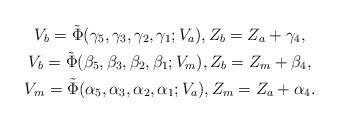
LaTeX: \begin{gather*}V_b=\tilde{\Phi}(\gamma_5,\gamma_3,\gamma_2,\gamma_1;V_a),Z_b=Z_a+\gamma_4,\\V_b=\tilde{\Phi}(\beta_5,\beta_3,\beta_2,\beta_1;V_m),Z_b=Z_m+\beta_4,\\V_m=\tilde{\Phi}(\alpha_5,\alpha_3,\alpha_2,\alpha_1;V_a),Z_m=Z_a+\alpha_4.\end{gather*}